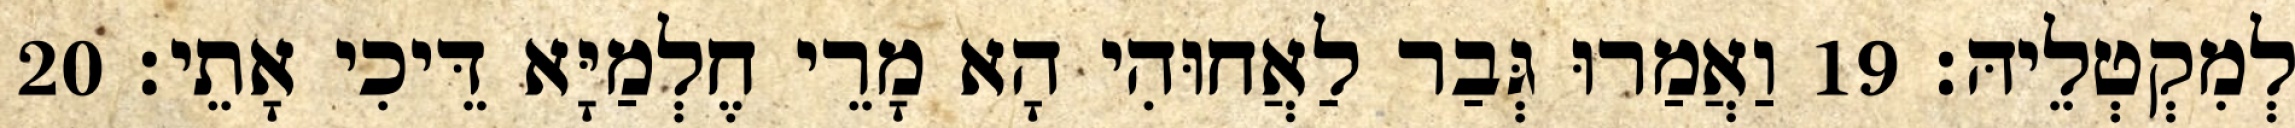
לְמִקְטְלֵיהּ׃ 19 וַאֲמַרוּ גְּבַר לַאֲחוּהִי הָא מָרֵי חֶלְמַיָּא דֵּיכִי אָתֵי׃ 20